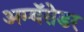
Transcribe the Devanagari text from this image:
अम्बॅसेडर